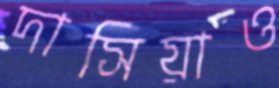
দাসিয়াও